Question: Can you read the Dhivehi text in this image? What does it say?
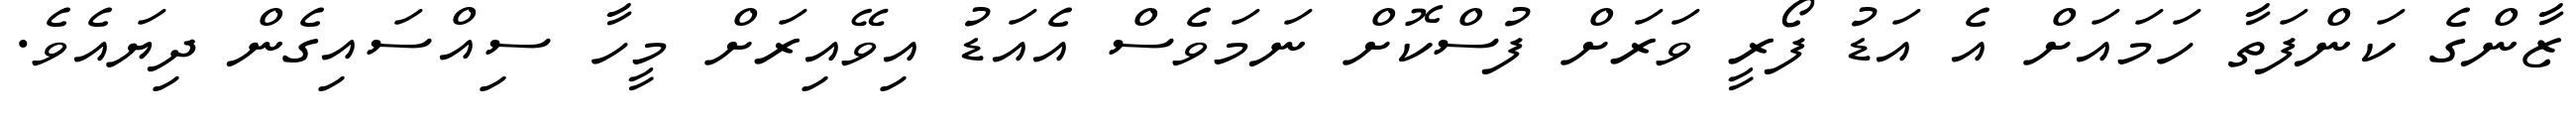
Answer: ޒާންގެ ކަންފަތާ ހަމައަށް އެ އަޑު ފޯރީ ވަރަށް ފުސްކޮށް ނަމަވެސް އެއަޑު އިވޭއިރަށް މީހާ ސިއްސައިގެން ދިޔައެވެ.